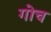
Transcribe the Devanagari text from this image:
गोच